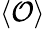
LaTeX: \langle{\mathcal{O}}\rangle